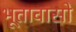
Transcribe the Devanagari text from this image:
भूतावासो